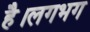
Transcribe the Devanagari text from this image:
है।लगभग